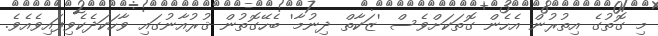
މި ގޮތުގެ އިތުރުން އެހެން ގޮތަކަށްވެސް 'ޒަކާތް ދިނުމާ' ބެހޭގޮތުން ޤުރުއާނުގައި ވާހަކަދެކެވިފައިވެއެވެ.